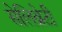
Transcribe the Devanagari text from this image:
सेलिब्रेटी